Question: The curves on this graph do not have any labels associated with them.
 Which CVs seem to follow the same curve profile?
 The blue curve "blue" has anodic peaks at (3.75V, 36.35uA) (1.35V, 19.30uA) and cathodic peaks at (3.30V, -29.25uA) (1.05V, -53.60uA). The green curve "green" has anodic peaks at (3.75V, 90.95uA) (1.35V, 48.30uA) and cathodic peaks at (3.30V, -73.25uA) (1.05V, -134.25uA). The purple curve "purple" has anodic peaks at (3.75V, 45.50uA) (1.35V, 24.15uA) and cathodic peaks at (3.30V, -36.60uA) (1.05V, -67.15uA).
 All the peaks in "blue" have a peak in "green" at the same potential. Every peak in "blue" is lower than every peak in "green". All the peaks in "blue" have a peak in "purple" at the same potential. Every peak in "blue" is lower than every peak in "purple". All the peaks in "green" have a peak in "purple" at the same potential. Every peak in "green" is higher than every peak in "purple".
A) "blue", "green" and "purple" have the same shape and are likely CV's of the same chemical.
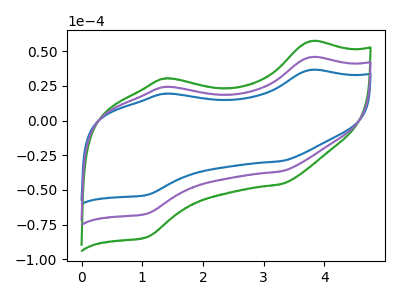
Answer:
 <answer>A) "blue", "green" and "purple" have the same shape and are likely CV's of the same chemical.</answer>
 <eval>A</eval>